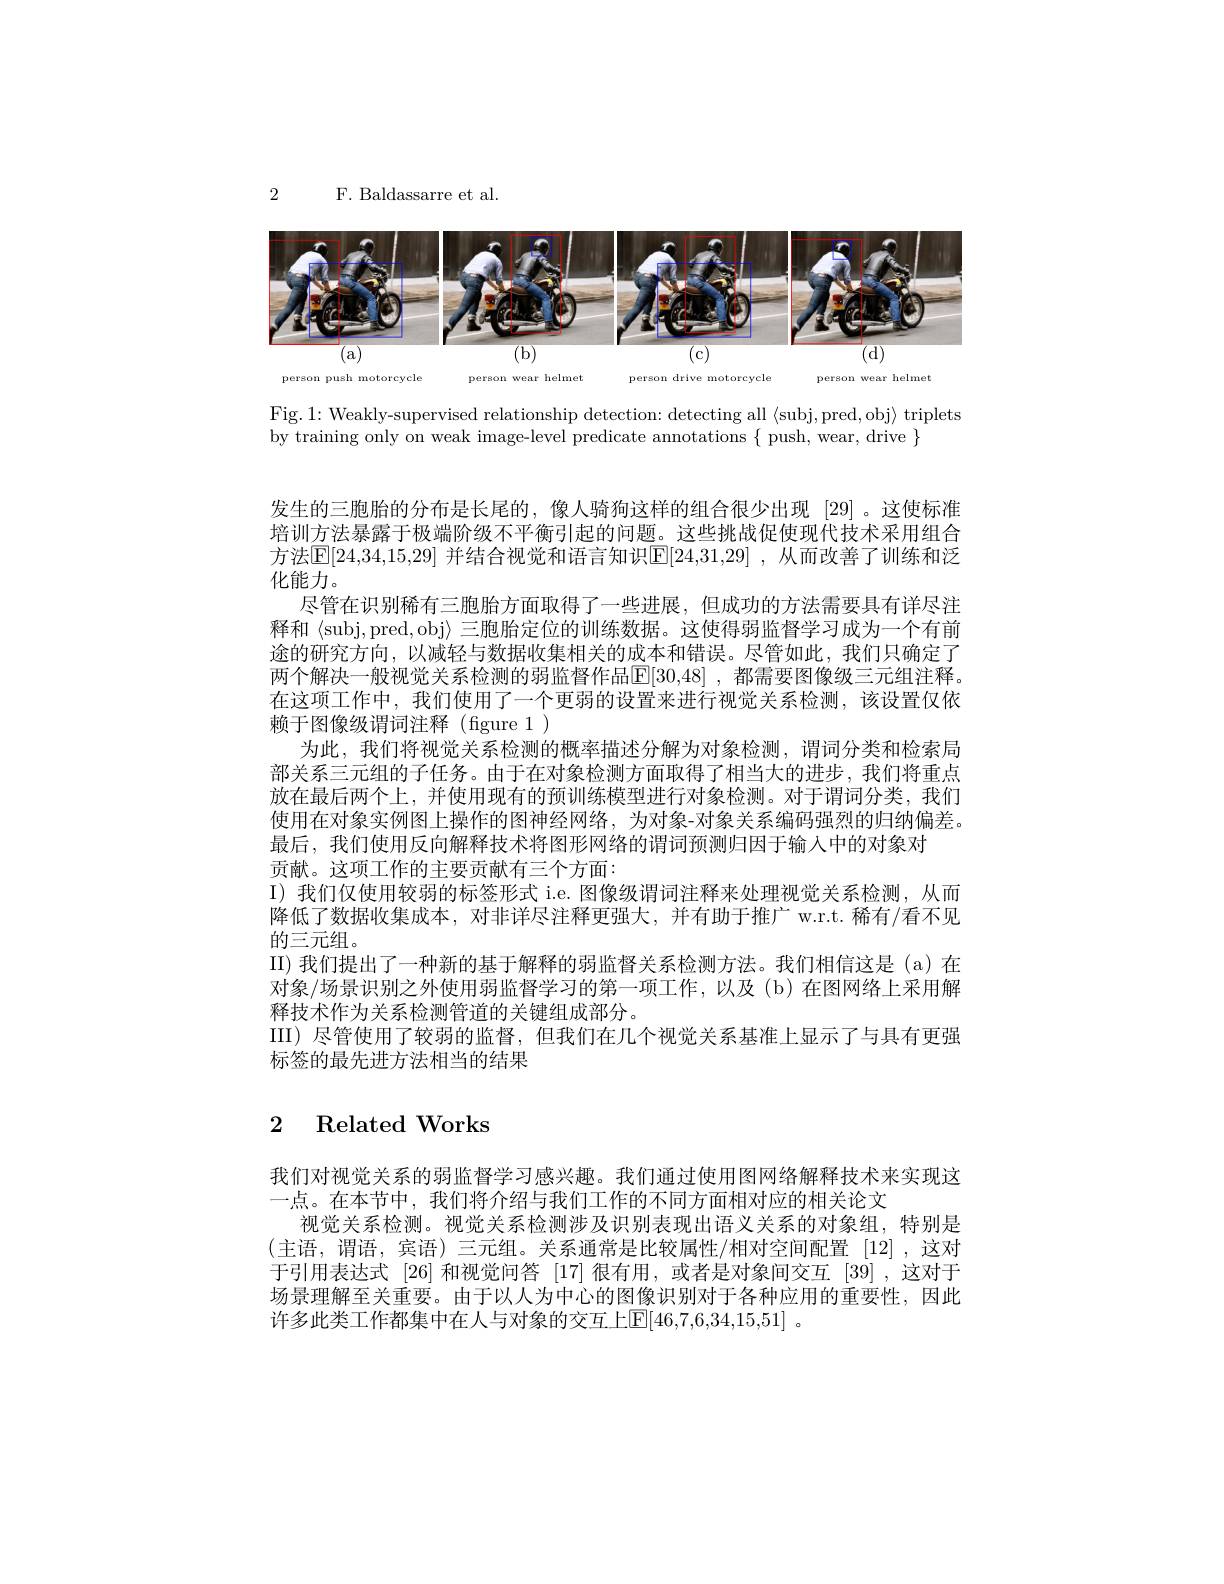
2

F. Baldassarre et al.

<FigureHere>

Fig. 1: Weakly-supervised relationship detection: detecting all $\langle$subj,pred,obj$\rangle$ triplets
by training only on weak image-level predicate annotations $\{$ push, wear, drive $\}$

发生的三胞胎的分布是长尾的，像人骑狗这样的组合很少出现 [29]。这使标准培训方法暴露于极端阶级不平衡引起的问题。这些挑战促使现代技术采用组合方法$\mathbb{E}[24,34,15,29]$ 并结合视觉和语言知识$\mathbb{E}[24,31,29]$ ,从而改善了训练和泛化能力。
尽管在识别稀有三胞胎方面取得了一些进展，但成功的方法需要具有详尽注释和〈subj,pred,obj〉三胞胎定位的训练数据。这使得弱监督学习成为一个有前途的研究方向，以减轻与数据收集相关的成本和错误。尽管如此，我们只确定了两个解决一般视觉关系检测的弱监督作品$\mathbb{E} [ 30, 48]$ , 都需要图像级三元组注释。在这项工作中，我们使用了一个更弱的设置来进行视觉关系检测，该设置仅依赖于图像级谓词注释(figure 1)
为此，我们将视觉关系检测的概率描述分解为对象检测，谓词分类和检索局部关系三元组的子任务。由于在对象检测方面取得了相当大的进步，我们将重点放在最后两个上，并使用现有的预训练模型进行对象检测。对于谓词分类，我们使用在对象实例图上操作的图神经网络，为对象-对象关系编码强烈的归纳偏差。最后，我们使用反向解释技术将图形网络的谓词预测归因于输入中的对象对
贡献。这项工作的主要贡献有三个方面：
I) 我们仅使用较弱的标签形式 i.e. 图像级谓词注释来处理视觉关系检测，从而降低了数据收集成本，对非详尽注释更强大，并有助于推广w.r.t. 稀有/看不见的三元组。
II) 我们提出了一种新的基于解释的弱监督关系检测方法。我们相信这是(a)在对象/场景识别之外使用弱监督学习的第一项工作，以及(b)在图网络上采用解释技术作为关系检测管道的关键组成部分。
III)尽管使用了较弱的监督，但我们在几个视觉关系基准上显示了与具有更强
标签的最先进方法相当的结果

# 2 Related Works

我们对视觉关系的弱监督学习感兴趣。我们通过使用图网络解释技术来实现这
一点。在本节中，我们将介绍与我们工作的不同方面相对应的相关论文
视觉关系检测。视觉关系检测涉及识别表现出语义关系的对象组，特别是(主语，谓语，宾语)三元组。关系通常是比较属性/相对空间配置[12],这对于引用表达式[26]和视觉问答[17]很有用，或者是对象间交互[39],这对于场景理解至关重要。由于以人为中心的图像识别对于各种应用的重要性，因此许多此类工作都集中在人与对象的交互上[E]46,7,6,34,15,51]~。